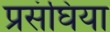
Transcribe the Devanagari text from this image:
प्रसंघिया